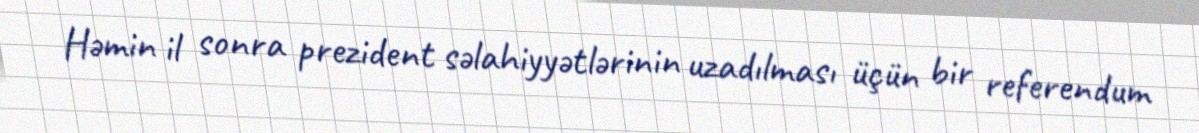
Həmin il sonra prezident səlahiyyətlərinin uzadılması üçün bir referendum